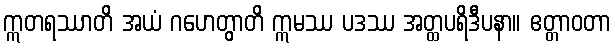
ဣတရဿာတိ အယံ ဂဟေတွာတိ ဣမဿ ပဒဿ အတ္ထပရိဒီပနာ။ ဧတ္တာဝတာ